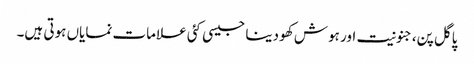
پاگل پن،جنونیت اور ہوش کھو دینا جیسی کئی علامات نمایاں ہوتی ہیں۔